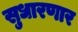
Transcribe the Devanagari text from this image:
सुधारणार